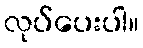
လုပ်ပေးပါ။